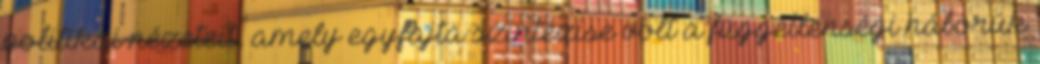
politikai nézeteit, amely egyfajta szintézise volt a függetlenségi háborúk